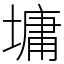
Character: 墉